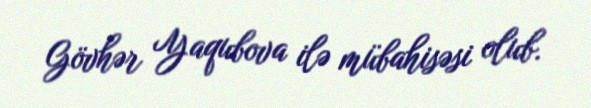
Gövhər Yaqubova ilə mübahisəsi olub.